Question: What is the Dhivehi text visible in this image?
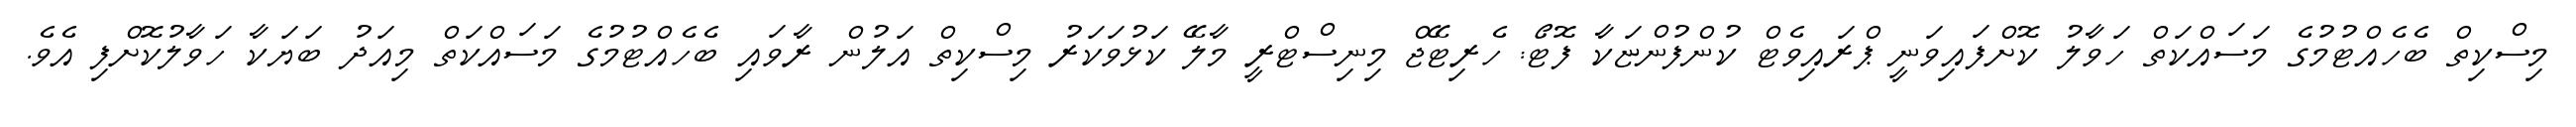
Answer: މިސްކިތް ބެހެއްޓުމުގެ މަސައްކަތް ހަވާލު ކޮށްފައިވަނީ ޕްރައިވެޓް ކުންފުންޏަކާ ފޮޓޯ: ހެރިޓޭޖް މިނިސްޓްރީ މާލޭ ކަޅުވަކަރު މިސްކިތް އަލުން ރާވައި ބެހެއްޓުމުގެ މަސައްކަތް މިއަދު ބަޔަކާ ހަވާލުކޮށްފި އެވެ.